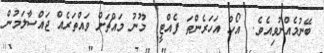
ބޭނުމެެއްނުވިއެވެ.  އޯހް އަހަރެންތަ ފެއްޓީ  މޫނު މައްޗަށް ވައްތަރެއް ޖައްސާލަމުން